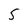
Character: 5